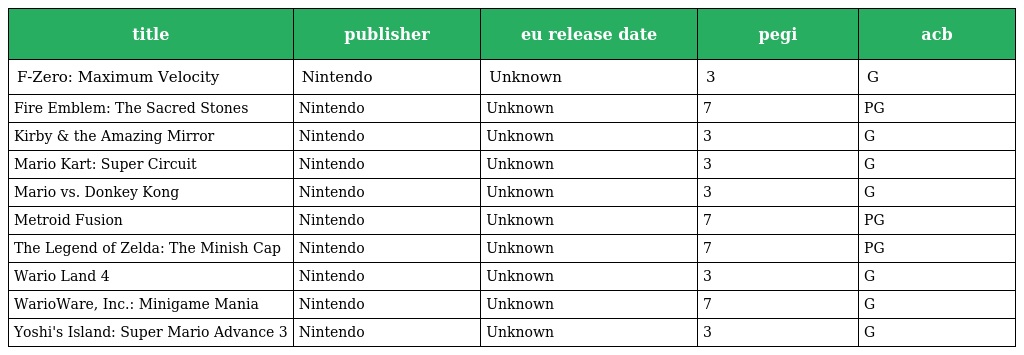
| title | publisher | eu release date | pegi | acb |
 | --- | --- | --- | --- | --- |
 | F-Zero: Maximum Velocity | Nintendo | Unknown | 3 | G |
 | Fire Emblem: The Sacred Stones | Nintendo | Unknown | 7 | PG |
 | Kirby & the Amazing Mirror | Nintendo | Unknown | 3 | G |
 | Mario Kart: Super Circuit | Nintendo | Unknown | 3 | G |
 | Mario vs. Donkey Kong | Nintendo | Unknown | 3 | G |
 | Metroid Fusion | Nintendo | Unknown | 7 | PG |
 | The Legend of Zelda: The Minish Cap | Nintendo | Unknown | 7 | PG |
 | Wario Land 4 | Nintendo | Unknown | 3 | G |
 | WarioWare, Inc.: Minigame Mania | Nintendo | Unknown | 7 | G |
 | Yoshi's Island: Super Mario Advance 3 | Nintendo | Unknown | 3 | G |